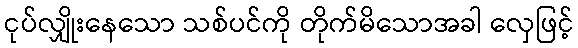
ငုပ်လျှိုးနေသော သစ်ပင်ကို တိုက်မိသောအခါ လှေဖြင့်